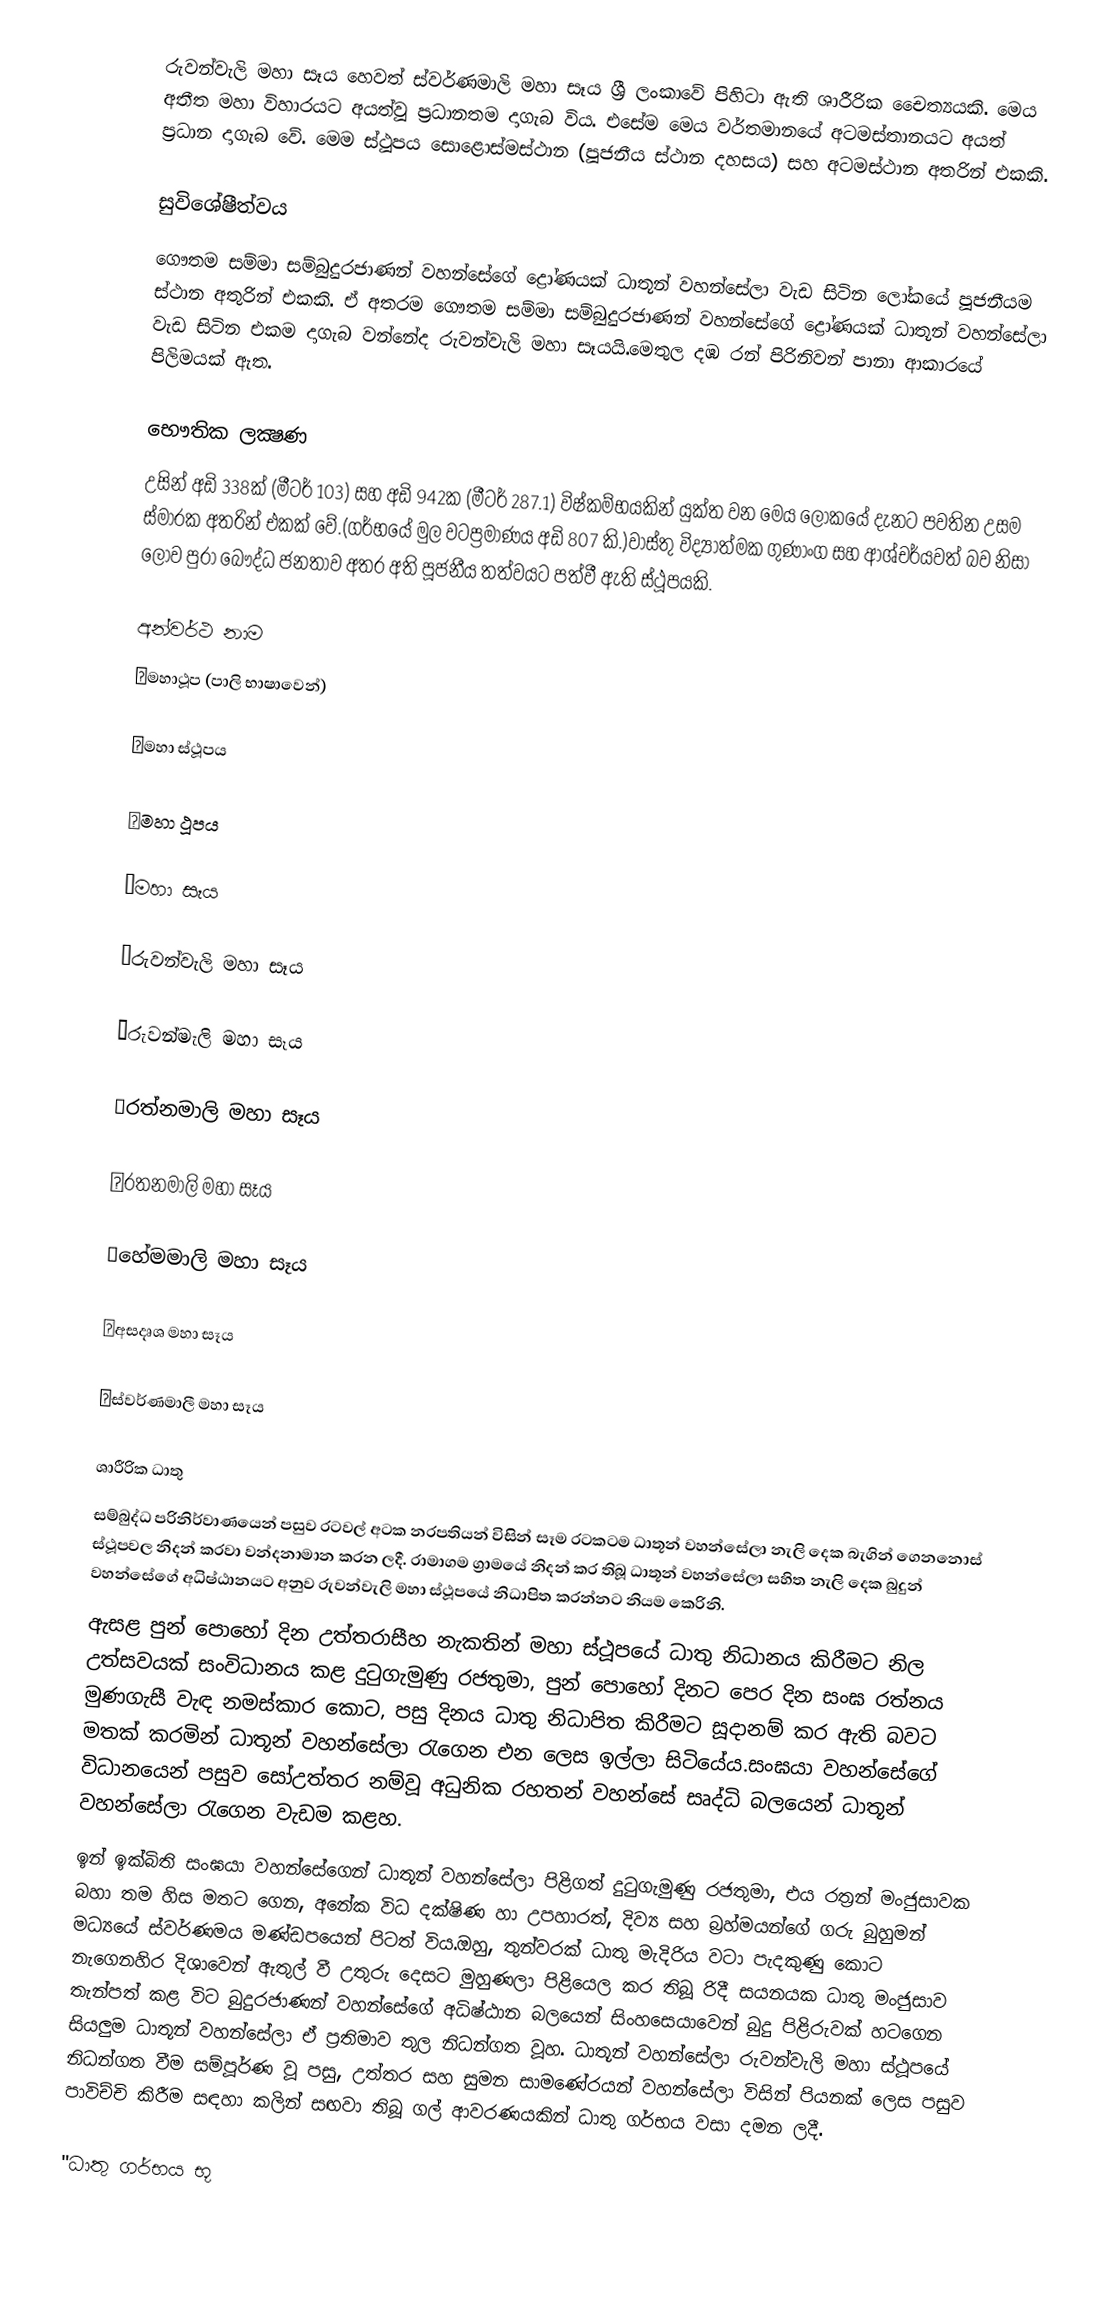
රුවන්වැලි මහා සෑය හෙවත් ස්වර්ණමාලි මහා සෑය ශ්‍රී ලංකාවේ පිහිටා ඇති ශාරීරික චෛත්‍යයකි. මෙය අතීත මහා විහාරයට අයත්වූ ප්‍රධානතම දාගැබ  විය. එසේම මෙය වර්තමානයේ අටමස්තානයට අයත් ප්‍රධාන දාගැබ වේ. මෙම ස්ථූපය සොළොස්මස්ථාන (පූජනීය ස්ථාන දහසය) සහ අටමස්ථාන  අතරින් එකකි.

සුවිශේෂීත්වය
ගෞතම සම්මා සම්බුදුරජාණන් වහන්සේගේ ද්‍රෝණයක් ධාතූන් වහන්සේලා වැඩ සිටින ලෝකයේ පූජනීයම ස්ථාන අතුරින් එකකි. ඒ අතරම ගෞතම සම්මා සම්බුදුරජාණන් වහන්සේගේ ද්‍රෝණයක් ධාතූන් වහන්සේලා වැඩ සිටින එකම දාගැබ වන්නේද රුවන්වැලි මහා සෑයයි.මෙතුල දඹ රන් පිරිනිවන් පානා ආකාරයේ පිලිමයක් ඇත.

භෞතික ලක්‍ෂණ
උසින් අඩි 338ක් (මීටර් 103) සහ අඩි 942ක (මීටර් 287.1) විෂ්කම්භයකින් යුක්ත වන මෙය ලෝකයේ දැනට පවතින උසම ස්මාරක අතරින් එකක් වේ.(ගර්භයේ මුල වටප්‍රමාණය අඩි 807 කි.)වාස්තු විද්‍යාත්මක ගුණාංග සහ ආශ්චර්යවත් බව නිසා ලොව පුරා බෞද්ධ ජනතාව අතර අති පූජනීය තත්වයට පත්වී ඇති ස්ථූපයකි.

අන්වර්ථ නාම
☆මහාථූප (පාලි භාෂාවෙන්)

☆මහා ස්ථූපය

☆මහා ථූපය

☆මහා සෑය

☆රුවන්වැලි මහා සෑය

☆රුවන්මැලි මහා සෑය

☆රත්නමාලි මහා සෑය

☆රතනමාලි මහා සෑය

☆හේමමාලි මහා සෑය

☆අසදෘශ මහා සෑය

☆ස්වර්ණමාලී මහා සෑය

ශාරීරික ධාතු
සම්බුද්ධ පරිනිර්වාණයෙන් පසුව රටවල් අටක නරපතියන් විසින් සෑම රටකටම ධාතූන් වහන්සේලා නැලි දෙක බැගින් ගෙනනොස් ස්ථූපවල  නිදන් කරවා වන්දනාමාන කරන ලදී. රාමාගම ග්‍රාමයේ නිදන් කර තිබූ ධාතූන් වහන්සේලා සහිත නැලි දෙක බුදුන් වහන්සේගේ අධිෂ්ඨානයට අනුව රුවන්වැලි මහා ස්ථූපයේ නිධාපිත කරන්නට නියම කෙරිනි.
ඇසළ පුන් පොහෝ දින උත්තරාසීහ නැකතින් මහා ස්ථූපයේ ධාතු නිධානය කිරීමට නිල උත්සවයක් සංවිධානය කළ දුටුගැමුණු රජතුමා, පුන් පොහෝ දිනට පෙර දින සංඝ රත්නය මුණගැසී වැඳ නමස්කාර කොට, පසු දිනය ධාතු නිධාපිත කිරීමට සූදානම් කර ඇති බවට මතක් කරමින් ධාතූන් වහන්සේලා රැගෙන එන ලෙස ඉල්ලා සිටියේය.සංඝයා වහන්සේගේ විධානයෙන් පසුව සෝඋත්තර නම්වූ අධුනික රහතන් වහන්සේ සෘද්ධි බලයෙන් ධාතූන් වහන්සේලා රැගෙන වැඩම කළහ.
ඉන් ඉක්බිති සංඝයා වහන්සේගෙන් ධාතූන් වහන්සේලා පිළිගත් දුටුගැමුණු රජතුමා, එය රත්‍රන් මංජුසාවක බහා තම හිස මතට ගෙන, අනේක විධ දක්ෂිණ හා උපහාරත්, දිව්‍ය සහ බ්‍රහ්මයන්ගේ ගරු බුහුමන් මධ්‍යයේ ස්වර්ණමය මණ්ඩපයෙන් පිටත් විය.ඔහු, තුන්වරක් ධාතු මැදිරිය වටා පැදකුණු කොට නැගෙනහිර දිශාවෙන් ඇතුල් වී උතුරු දෙසට මුහුණලා පිළියෙල කර තිබූ රිදී සයනයක ධාතු මංජුසාව තැන්පත් කළ විට බුදුරජාණන් වහන්සේගේ අධිෂ්ඨාන බලයෙන් සිංහසෙ‍යාවෙන් බුදු පිළිරුවක් හටගෙන සියලුම ධාතූන් වහන්සේලා ඒ ප්‍රතිමාව තුල නිධන්ගත වූහ. ධාතූන් වහන්සේලා රුවන්වැලි මහා ස්ථූපයේ නිධන්ගත වීම සම්පූර්ණ වූ පසු, උත්තර සහ සුමන සාමණේරයන් වහන්සේලා විසින් පියනක් ලෙස පසුව පාවිච්චි කිරීම සඳහා කලින් සඟවා තිබූ ගල් ආවරණයකින් ධාතු ගර්භය වසා දමන ලදී.

"ධාතු ගර්භය භූ